Report of the Indian Hemp Drugs Commission, 1894-1895 - Volume II
Year: 1894
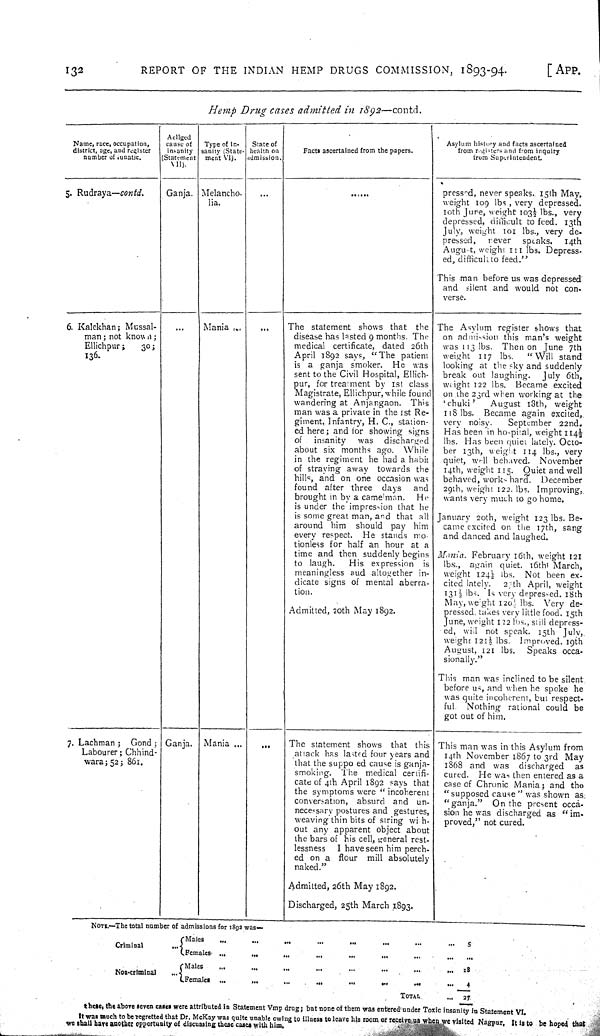
132
REPORT
OF THE
INDIAN
HEMP
DRUGS
COMMISSION,
1893-94.
[APP.
Hemp
Drug
cases
admitted
in
1892—contd.
Name, race, occupation,
district, age, and register
number of lunatic.
Aellged
cause of
insanity
(Statement
VII).
Type of in-
sanity (State-
ment VI).
State of
health on
admission.
Facts ascertained from the papers.
Asylum history and facts ascertained
from registers and from inquiry
from Superintendent.
5. Rudraya—contd.
Ganja. Melancho-
lia.
pressed, never speaks. 15th May,
weight 109 lbs, very depressed.
10th June, weight 103½ lbs., very
depressed, difficult to feed. 13th
July, weight 101 lbs., very de-
pressed,
never
speaks.
14th
August, weight 111 lbs. Depress-
ed, difficult to feed."
This man before us was depressed
and silent and would not con-
verse.
6. Kalekhan; Mussal-
man; not known;
Ellichpur;
30;
136.
Mania
The statement shows that
the
disease has lasted 9 months. The
medical certificate, dated 26th
April 1892 says, "The patient
is a ganja smoker.
He
was
sent to the Civil Hospital, Ellich-
pur, for treatment by 1st class
Magistrate, Ellichpur, while found
wandering at Anjangaon.
This
man was a private in the 1st Re-
giment, Infantry, H. C., station-
ed here; and for showing signs
of
insanity
was
discharged
about six months ago.
While
in the regiment he had a habit
of straying away
towards the
hills, and on one occasion was
found after three
days
and
brought in by a camelman.
He
is under the impression that he
is some great man, and that all
around him
should pay
him
every respect.
He stands mo-
tionless for half an hour at a
time and then suddenly begins
to laugh.
His expression
is
meaningless aud altogether in-
dicate signs of mental aberra-
tion.
Admitted, 20th May 1892.
The Asylum register shows that
on admission this man's weight
was 113 lbs.
Then on June 7th
weight
117 lbs.
"Will
stand
looking at the sky and suddenly
break out laughing.
July 6th,
weight 122 lbs.
Became excited
on the 23rd when working at the
'chuki'
August 18th, weight
118 lbs.
Became again excited,.
very
noisy.
September
22nd.
Has been in hospital, weight 114½
lbs. Has been quiet lately. Octo-
ber 13th, weight 114 lbs., very
quiet, well behaved.
November
14th, weight 115.
Quiet and well
behaved, works hard.
December
29th, weight 122. lbs. Improving,
wants very much to go home.
January 20th, weight 123 lbs. Be-
came excited on the 17th, sang
and danced and laughed.
Mania.
February 16th, weight 121
lbs.,
again quiet. 16th March,
weight 124½ lbs.
Not been ex-
cited lately.
27th April, weight
131½ lbs. Is very depressed. 18th
May, weight 120½ lbs. Very de-
pressed, takes very little food. 15th
June, weight 122 lbs., still depress-
ed, will not speak. 15th
July,
weight 121½ lbs. Improved. 19th
August, 121 lbs.
Speaks occa-
sionally."
This man was inclined to be silent.
before us, and when he spoke he
was quite incoherent, but respect-
ful.
Nothing rational could be
got out of him.
7.
Lachman;
Gond;
Labourer; Chhind-
wara; 52; 861.
Ganja.
Mania
The statement shows
that
this
attack has lasted four years and
that the suppo ed cause is ganja-
smoking.
The
medical certifi-
cate of 4th April 1892 says that
the symptoms were "incoherent
conversation,
absurd and
un-
necessary postures and gestures,
weaving thin bits of string with-
out any apparent object about
the bars of his cell, general rest-
lessness
I have seen him perch-
ed on a
flour
mill absolutely
naked."
Admitted, 26th May 1892.
Discharged, 25th March 1893.
This man was in this Asylum from
14th November 1867 to 3rd
May
1868 and was
discharged
as
cured.
He was then entered as a
case of Chronic Mania; and the
"supposed cause" was shown as
"ganja."
On the present occa-
sion he was discharged as "im-
proved," not cured.
NOTE.—The total number of admissions for 1892 was—
Criminal
Males
5
Criminal
Females
Non-criminal
Males
18
Non-criminal
Females
4
Non-criminal
TOTAL
27
these, the above seven cases were attributed in Statement Vmp drug; but none of them was entered under Toxic insanity in Statement VI.
It was much to be regretted that Dr. McKay was quite unable owing to illness to leave his room or receive us when we visited Nagpur. It is to be hoped that
we shall have another opportunity of discussing these cases with him.